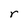
Character: r